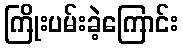
ကြိုးပမ်းခဲ့ကြောင်း